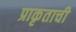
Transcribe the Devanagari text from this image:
प्राकृताची